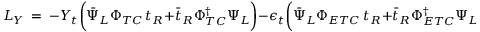
{ \cal L } _ { Y } \, = \; - Y _ { t } \biggl ( \bar { \Psi } _ { L } \Phi _ { T C } \, t _ { R } + \bar { t } _ { R } \Phi _ { T C } ^ { \dagger } \Psi _ { L } \biggr ) - \epsilon _ { t } \biggl ( \bar { \Psi } _ { L } \Phi _ { E T C } \, t _ { R } + \bar { t } _ { R } \Phi _ { E T C } ^ { \dagger } \Psi _ { L } \biggr ) ,